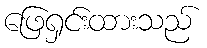
ဖြေရှင်းထားသည်